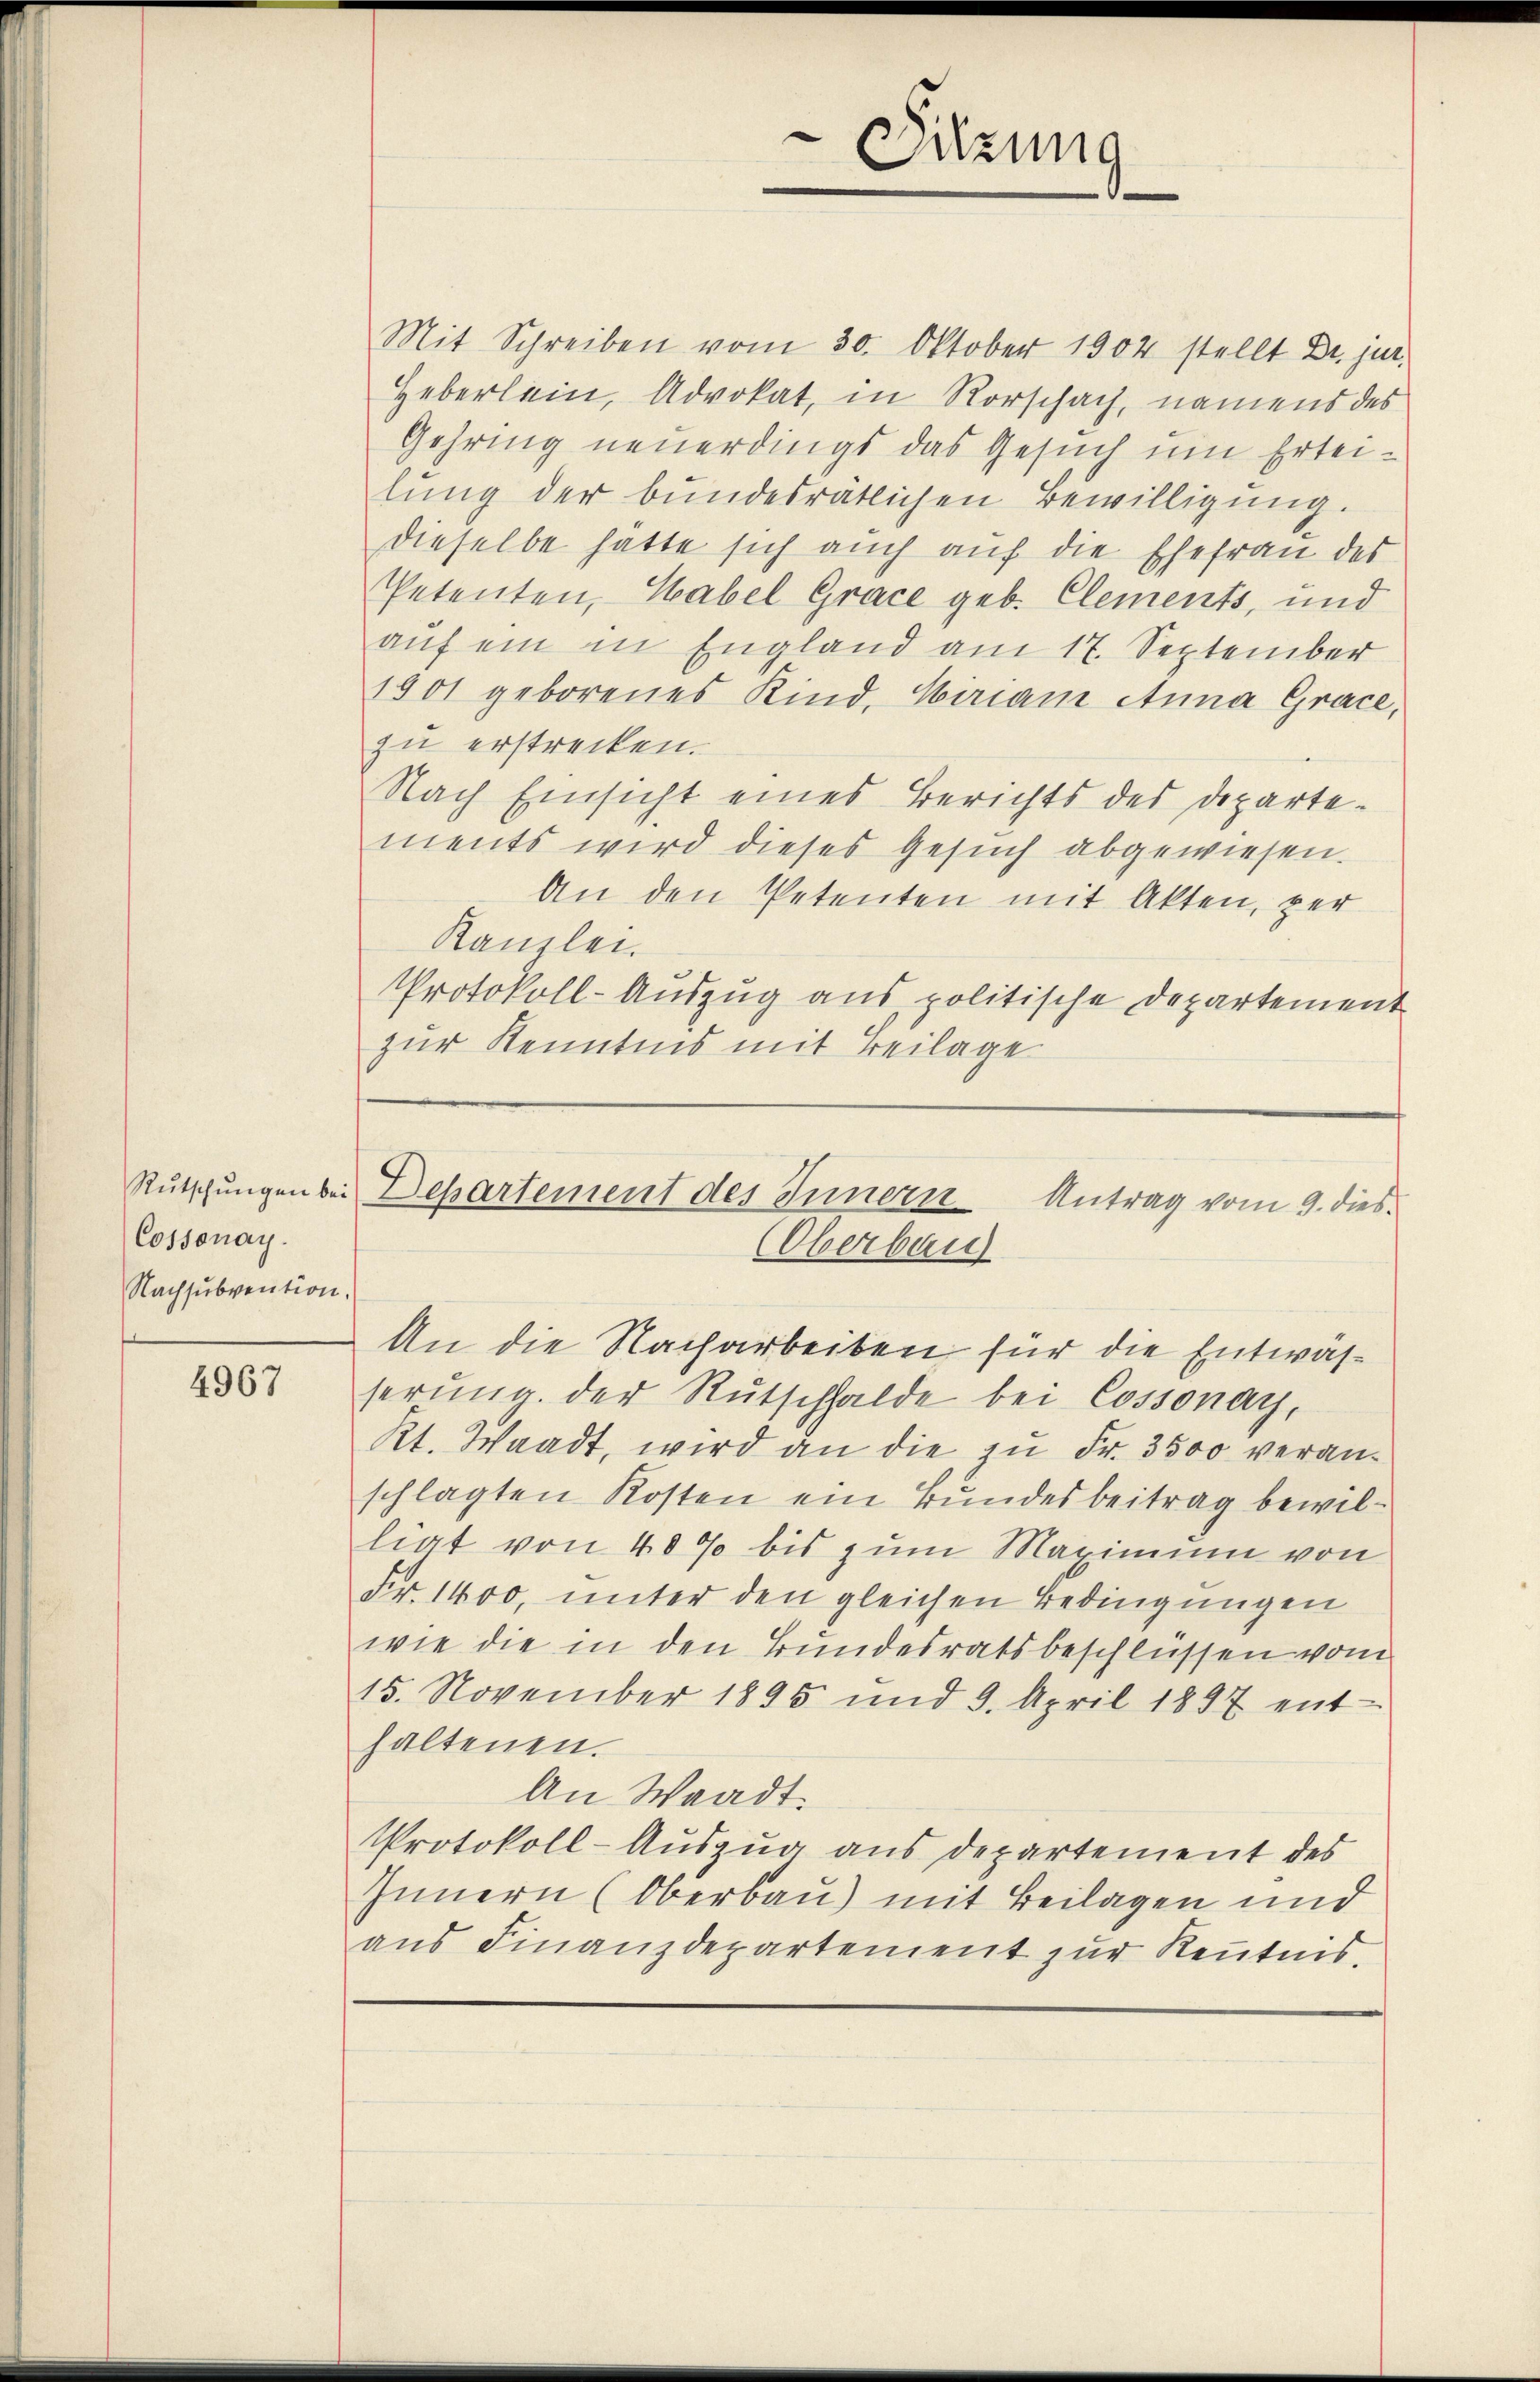
Cossonay.
Nachsubvention.

4967

Mit Schreiben vom 30. Oktober 1902 stellt Dr. jur.
Heberlein, Advokat, in Rorschach, namens des
Gehring neuerdings das Gesuch um Erteilung der bundesrätlichen Bewilligung.
dieselbe hätte sich auch aŭf die Ehefrau des
Petenten, Habel Grace geb. Clements, und
auf ein in England am 17. September
1801 geborenes Kind. Wiriam Anna Grace,
zu erstrecken.
Nach Einsicht eines Berichts des Departe-
ments wird dieses Gesuch abgewiesen.
An den Petenten mit Akten, per
Kanzlei.
Protokoll-Auszug aus politische Departement
zur Kenntnis mit Beilage

Sitzung

An die Nacharbeiten, für die Entwässerung der Rutschhalde bei Cossonay,
Kt. Waadt, wird an die zu Fr. 3500 veranschlagten Kosten ein Bundesbeitrag bewilliat von 40% bis zum Maximum von
Fr. 1400, unter den gleichen Bedingungen
wie die in den Bundesratsbeschlüssen vom
15. November 1895 und 9. April 1897 ent-
haltenen.
An Waadt.
Protokoll-Auszug aus Departement des
Innern (Oberbau) mit Beilagen und
aus Finanzdepartement zur Kenntnis.

Rŭtschŭngen bei Departement des Innern Antrag vom 9. dies
(Oberbau